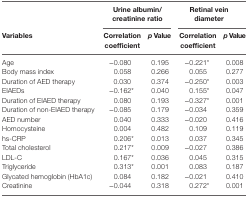
<table><thead><tr><td></td><td colspan="2"><b>Urine albumin/creatinine ratio</b></td><td colspan="2"><b>Retinal vein diameter</b></td></tr><tr><td><b>Variables</b></td><td><b>Correlation coefficient</b></td><td><b><i>p</i> Value</b></td><td><b>Correlation coefficient</b></td><td><b><i>p</i> Value</b></td></tr></thead><tbody><tr><td>Age</td><td>−0.080</td><td>0.195</td><td>−0.221*</td><td>0.008</td></tr><tr><td>Body mass index</td><td>0.058</td><td>0.266</td><td>0.055</td><td>0.277</td></tr><tr><td>Duration of AED therapy</td><td>0.030</td><td>0.374</td><td>−0.250*</td><td>0.003</td></tr><tr><td>EIAEDs</td><td>−0.162*</td><td>0.040</td><td>0.155*</td><td>0.047</td></tr><tr><td>Duration of EIAED therapy</td><td>0.080</td><td>0.193</td><td>−0.327*</td><td>0.001</td></tr><tr><td>Duration of non-EIAED therapy</td><td>−0.085</td><td>0.179</td><td>−0.034</td><td>0.359</td></tr><tr><td>AED number</td><td>0.040</td><td>0.333</td><td>−0.020</td><td>0.416</td></tr><tr><td>Homocysteine</td><td>0.004</td><td>0.482</td><td>0.109</td><td>0.119</td></tr><tr><td>hs-CRP</td><td>0.206*</td><td>0.013</td><td>0.037</td><td>0.345</td></tr><tr><td>Total cholesterol</td><td>0.217*</td><td>0.009</td><td>−0.027</td><td>0.386</td></tr><tr><td>LDL-C</td><td>0.167*</td><td>0.036</td><td>0.045</td><td>0.315</td></tr><tr><td>Triglyceride</td><td>0.313*</td><td>0.001</td><td>0.083</td><td>0.187</td></tr><tr><td>Glycated hemoglobin (HbA1c)</td><td>0.084</td><td>0.182</td><td>−0.021</td><td>0.410</td></tr><tr><td>Creatinine</td><td>−0.044</td><td>0.318</td><td>0.272*</td><td>0.001</td></tr></tbody></table>